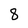
Character: 8